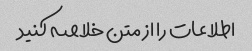
اطلاعات را از متن خلاصه کنید